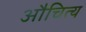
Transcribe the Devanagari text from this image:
औचित्‍य